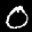
Label: 0